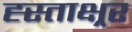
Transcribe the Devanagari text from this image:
ह्स्ताक्ष्रर